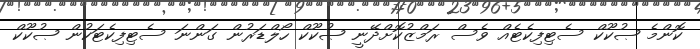
ކޮންމެ ޞުކޫކް ސެޓިފިކެޓެއް ވެސް ރަމްޒުކޮށްދޭނީ ޞުކޫކް ހޯލްޑަރުން ގަންނަ ސެޓިފިކެޓަކުން ޞުކޫކް